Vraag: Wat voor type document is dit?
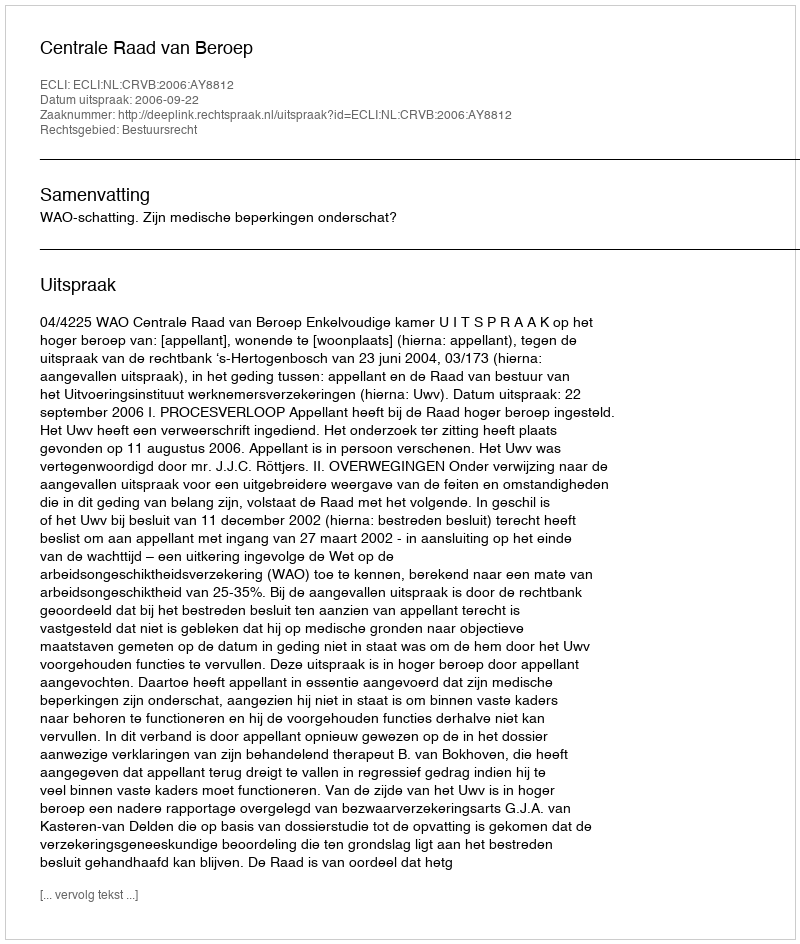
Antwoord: Uitspraak